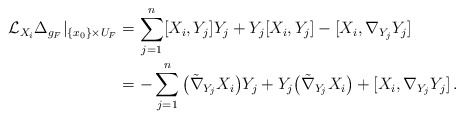
\begin{align*} \mathcal{L}_{X_i}\Delta_{g_{F}}\vert_{\lbrace x_0 \rbrace \times U_F} &=\sum_{j=1}^n [X_i,Y_j]Y_j + Y_j [X_i,Y_j] - [X_i,\nabla_{Y_j} Y_j]\\ &=-\sum_{j=1}^n \big(\tilde\nabla_{Y_j}X_i\big) Y_j + Y_j \big(\tilde\nabla_{Y_j}X_i\big) + [X_i,\nabla_{Y_j} Y_j]\,.\end{align*}